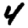
Digit: 4